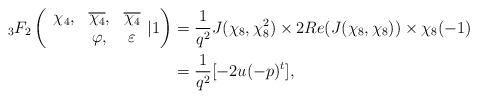
LaTeX: \begin{align*}{_{3}}F_{2}\left(\begin{array}{ccc}\chi_4, & \overline{\chi_4}, & \overline{\chi_4}\\ & \varphi, & \varepsilon\end{array}| 1\right)&=\frac{1}{q^2}J(\chi_8,\chi_8^2)\times 2 Re(J(\chi_8,\chi_8))\times \chi_8(-1)\\&=\frac{1}{q^2}[-2u(-p)^t],\end{align*}